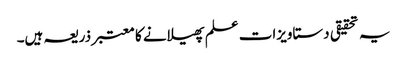
یہ تحقیقی دستاویزات علم پھیلانے کا معتبر ذریعہ ہیں۔